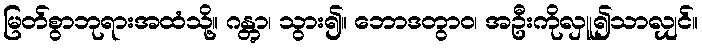
မြတ်စွာဘုရားအထံသို့။ ဂန္တွာ၊ သွား၍။ ဘောဒတွာဝ၊ အဦးကိုလှူ၍သာလျှင်။